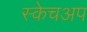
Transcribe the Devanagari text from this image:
स्केचअप